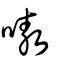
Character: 嗷